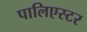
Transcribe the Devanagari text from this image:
पालिएस्टर